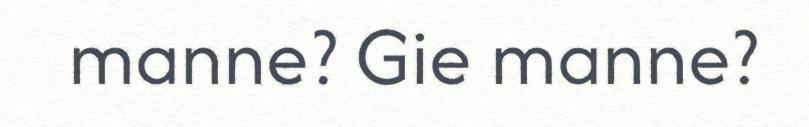
manne? Gie manne?